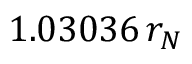
1 . 0 3 0 3 6 \, r _ { N }